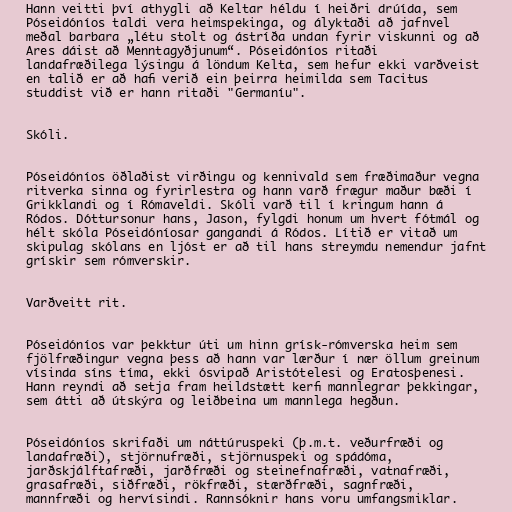
Hann veitti því athygli að Keltar héldu í heiðri drúída, sem
Póseidóníos taldi vera heimspekinga, og ályktaði að jafnvel
meðal barbara „létu stolt og ástríða undan fyrir viskunni og að
Ares dáist að Menntagyðjunum“. Póseidóníos ritaði
landafræðilega lýsingu á löndum Kelta, sem hefur ekki varðveist
en talið er að hafi verið ein þeirra heimilda sem Tacitus
studdist við er hann ritaði "Germaníu".

Skóli.

Póseidóníos öðlaðist virðingu og kennivald sem fræðimaður vegna
ritverka sinna og fyrirlestra og hann varð frægur maður bæði í
Grikklandi og í Rómaveldi. Skóli varð til í kringum hann á
Ródos. Dóttursonur hans, Jason, fylgdi honum um hvert fótmál og
hélt skóla Póseidóníosar gangandi á Ródos. Lítið er vitað um
skipulag skólans en ljóst er að til hans streymdu nemendur jafnt
grískir sem rómverskir.

Varðveitt rit.

Póseidóníos var þekktur úti um hinn grísk-rómverska heim sem
fjölfræðingur vegna þess að hann var lærður í nær öllum greinum
vísinda síns tíma, ekki ósvipað Aristótelesi og Eratosþenesi.
Hann reyndi að setja fram heildstætt kerfi mannlegrar þekkingar,
sem átti að útskýra og leiðbeina um mannlega hegðun.

Póseidóníos skrifaði um náttúruspeki (þ.m.t. veðurfræði og
landafræði), stjörnufræði, stjörnuspeki og spádóma,
jarðskjálftafræði, jarðfræði og steinefnafræði, vatnafræði,
grasafræði, siðfræði, rökfræði, stærðfræði, sagnfræði,
mannfræði og hervísindi. Rannsóknir hans voru umfangsmiklar.